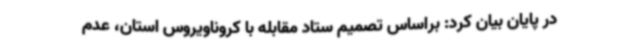
در پایان بیان کرد: براساس تصمیم ستاد مقابله با کروناویروس استان، عدم